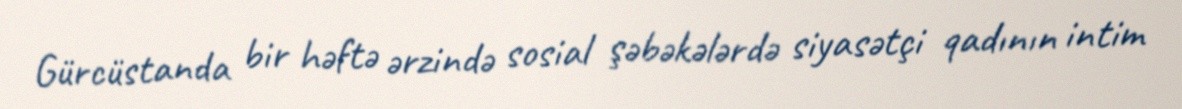
Gürcüstanda bir həftə ərzində sosial şəbəkələrdə siyasətçi qadının intim